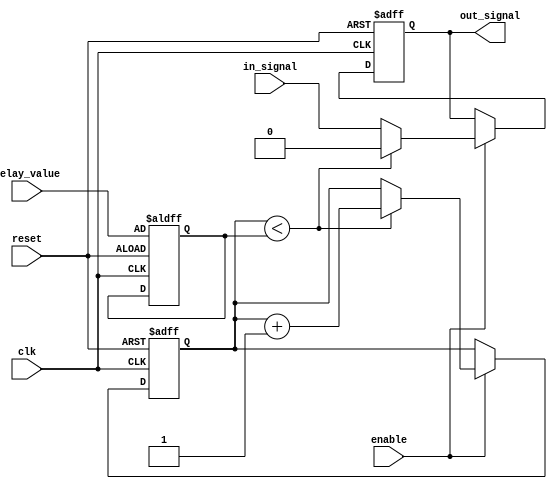
module RC_delay_block (
  input wire clk,
  input wire reset,
  input wire enable,
  input wire [7:0] delay_value,
  input wire in_signal,
  output reg out_signal
);

reg [7:0] count;
reg [7:0] delay;

always @(posedge clk or posedge reset) begin
  if(reset) begin
    count <= 8'b0;
    delay <= delay_value;
    out_signal <= 1'b0;
  end else begin
    if(enable) begin
      if(count < delay) begin
        count <= count + 1;
        out_signal <= 1'b0;
      end else begin
        out_signal <= in_signal;
      end
    end
  end
end

endmodule